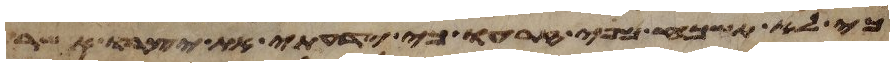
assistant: כי לא תשכח מפי זרעו כי ידעתי את יצרו אשר